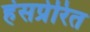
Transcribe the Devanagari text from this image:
हंसप्रेरित